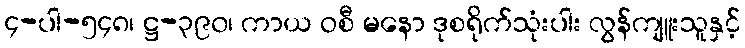
၄-ပါ-၅၄၈၊ ဋ္ဌ-၃၉၀၊ ကာယ ဝစီ မနော ဒုစရိုက်သုံးပါး လွန်ကျူးသူနှင့်